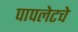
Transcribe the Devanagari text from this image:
पापलेटचे